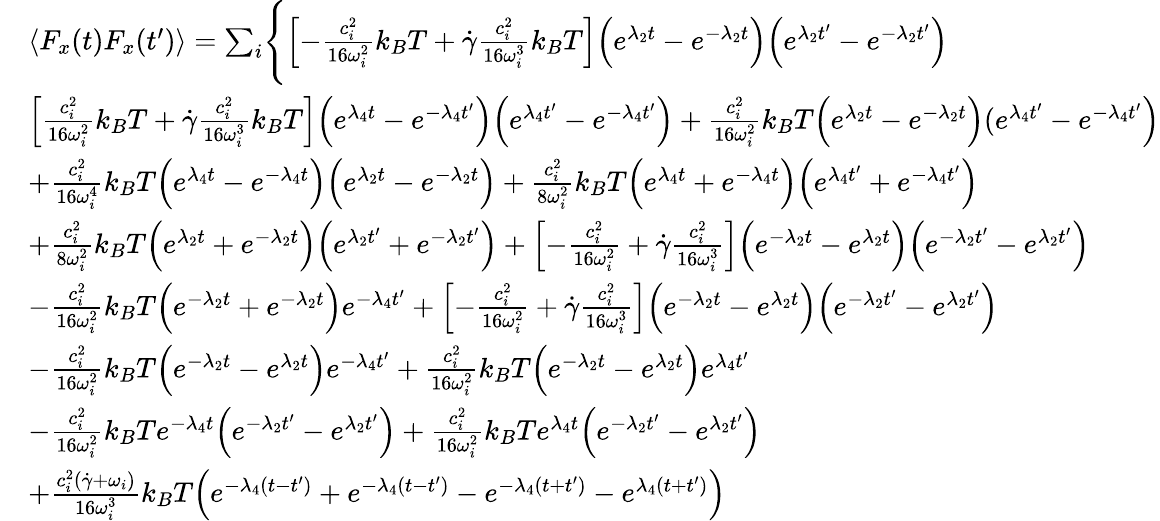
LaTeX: \begin{array}{rl}&{\langle F_{x}(t)F_{x}(t^{\prime})\rangle=\sum_{i}\Biggl\{ \Bigl[-\frac{c_{i}^{2}}{16\omega_{i}^{2}}k_{B}T+\dot{\gamma}\frac{c_{i}^{2}}{16\omega_{i}^{3}}k_{B}T\Bigr]\Bigl(e^{\lambda_{2}t}-e^{-\lambda_{2}t}\Bigr)\Bigl(e^{\lambda_{2}t^{\prime}}-e^{-\lambda_{2}t^{\prime}}\Bigr)}\\ &{\Bigl[\frac{c_{i}^{2}}{16\omega_{i}^{2}}k_{B}T+\dot{\gamma}\frac{c_{i}^{2}}{16\omega_{i}^{3}}k_{B}T\Bigr]\Bigl(e^{\lambda_{4}t}-e^{-\lambda_{4}t^{\prime}}\Bigr)\Bigl(e^{\lambda_{4}t^{\prime}}-e^{-\lambda_{4}t^{\prime}}\Bigr)+\frac{c_{i}^{2}}{16\omega_{i}^{2}}k_{B}T\Bigl(e^{\lambda_{2}t}-e^{-\lambda_{2}t}\Bigr)(e^{\lambda_{4}t^{\prime}}-e^{-\lambda_{4}t^{\prime}}\Bigr)}\\ &{+\frac{c_{i}^{2}}{16\omega_{i}^{4}}k_{B}T\Bigl(e^{\lambda_{4}t}-e^{-\lambda_{4}t}\Bigr)\Bigl(e^{\lambda_{2}t}-e^{-\lambda_{2}t}\Bigr)+\frac{c_{i}^{2}}{8\omega_{i}^{2}}k_{B}T\Bigl(e^{\lambda_{4}t}+e^{-\lambda_{4}t}\Bigr)\Bigl(e^{\lambda_{4}t^{\prime}}+e^{-\lambda_{4}t^{\prime}}\Bigr)}\\ &{+\frac{c_{i}^{2}}{8\omega_{i}^{2}}k_{B}T\Bigl(e^{\lambda_{2}t}+e^{-\lambda_{2}t}\Bigr)\Bigl(e^{\lambda_{2}t^{\prime}}+e^{-\lambda_{2}t^{\prime}}\Bigr)+\Bigl[-\frac{c_{i}^{2}}{16\omega_{i}^{2}}+\dot{\gamma}\frac{c_{i}^{2}}{16\omega_{i}^{3}}\Bigr]\Bigl(e^{-\lambda_{2}t}-e^{\lambda_{2}t}\Bigr)\Bigl(e^{-\lambda_{2}t^{\prime}}-e^{\lambda_{2}t^{\prime}}\Bigr)}\\ &{-\frac{c_{i}^{2}}{16\omega_{i}^{2}}k_{B}T\Bigl(e^{-\lambda_{2}t}+e^{-\lambda_{2}t}\Bigr)e^{-\lambda_{4}t^{\prime}}+\Bigl[-\frac{c_{i}^{2}}{16\omega_{i}^{2}}+\dot{\gamma}\frac{c_{i}^{2}}{16\omega_{i}^{3}}\Bigr]\Bigl(e^{-\lambda_{2}t}-e^{\lambda_{2}t}\Bigr)\Bigl(e^{-\lambda_{2}t^{\prime}}-e^{\lambda_{2}t^{\prime}}\Bigr)}\\ &{-\frac{c_{i}^{2}}{16\omega_{i}^{2}}k_{B}T\Bigl(e^{-\lambda_{2}t}-e^{\lambda_{2}t}\Bigr)e^{-\lambda_{4}t^{\prime}}+\frac{c_{i}^{2}}{16\omega_{i}^{2}}k_{B}T\Bigl(e^{-\lambda_{2}t}-e^{\lambda_{2}t}\Bigr)e^{\lambda_{4}t^{\prime}}}\\ &{-\frac{c_{i}^{2}}{16\omega_{i}^{2}}k_{B}Te^{-\lambda_{4}t}\Bigl(e^{-\lambda_{2}t^{\prime}}-e^{\lambda_{2}t^{\prime}}\Bigr)+\frac{c_{i}^{2}}{16\omega_{i}^{2}}k_{B}Te^{\lambda_{4}t}\Bigl(e^{-\lambda_{2}t^{\prime}}-e^{\lambda_{2}t^{\prime}}\Bigr)}\\ &{+\frac{c_{i}^{2}(\dot{\gamma}+\omega_{i})}{16\omega_{i}^{3}}k_{B}T\Bigl(e^{-\lambda_{4}(t-t^{\prime})}+e^{-\lambda_{4}(t-t^{\prime})}-e^{-\lambda_{4}(t+t^{\prime})}-e^{\lambda_{4}(t+t^{\prime})}\Bigr)}\end{array}